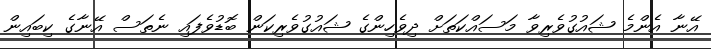
އޭނާ އެންމެ ޝައުގުވެރިވާ މަސައްކަތަށް ދިވެހިންގެ ޝައުގުވެރިކަން ބޮޑުވެފައި ނެތަސް އޭނާގެ ކިބައިން